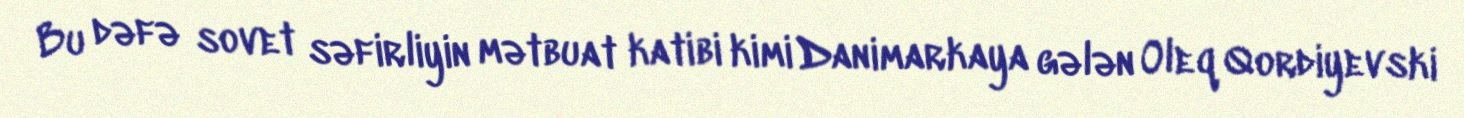
Bu dəfə sovet səfirliyin mətbuat katibi kimi Danimarkaya gələn Oleq Qordiyevski